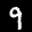
Label: 9